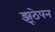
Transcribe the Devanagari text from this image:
झूठेपन